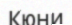
Кюни